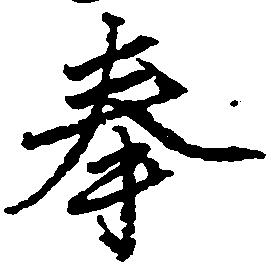
奉